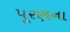
પૂરણના